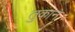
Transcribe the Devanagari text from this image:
तुकान